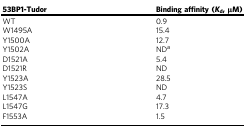
<table><thead><tr><td><b>53BP1-Tudor</b></td><td><b>Binding affinity (<i>K</i><sub>d</sub>, μM)</b></td></tr></thead><tbody><tr><td>WT</td><td>0.9</td></tr><tr><td>W1495A</td><td>15.4</td></tr><tr><td>Y1500A</td><td>12.7</td></tr><tr><td>Y1502A</td><td>ND<sup>a</sup></td></tr><tr><td>D1521A</td><td>5.4</td></tr><tr><td>D1521R</td><td>ND</td></tr><tr><td>Y1523A</td><td>28.5</td></tr><tr><td>Y1523S</td><td>ND</td></tr><tr><td>L1547A</td><td>4.7</td></tr><tr><td>L1547G</td><td>17.3</td></tr><tr><td>F1553A</td><td>1.5</td></tr></tbody></table>